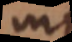
in